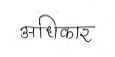
मजकूर: अधिकार